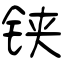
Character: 铗